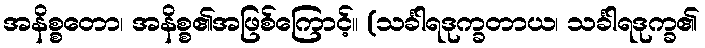
အနိစ္စတော၊ အနိစ္စ၏အဖြစ်ကြောင့်။ (သင်္ခါရဒုက္ခတာယ၊ သင်္ခါရဒုက္ခ၏